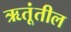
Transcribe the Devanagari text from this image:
ऋतूंतील